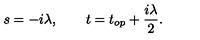
s = - i \lambda , \qquad t = t _ { o p } + { \frac { i \lambda } { 2 } } .